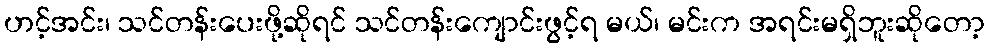
ဟင့်အင်း၊ သင်တန်းပေးဖို့ဆိုရင် သင်တန်းကျောင်းဖွင့်ရ မယ်၊ မင်းက အရင်းမရှိဘူးဆိုတော့